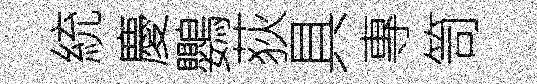
統慶鸚荻具專笥